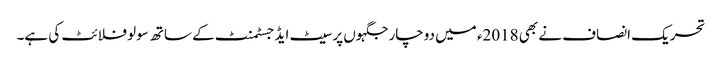
تحریک انصاف نے بھی 2018ء میں دوچار جگہوں پر سیٹ ایڈجسٹمنٹ کے ساتھ سولو فلائٹ کی ہے۔